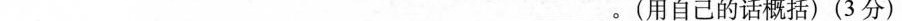
___。(用自己的话概括)(3分)